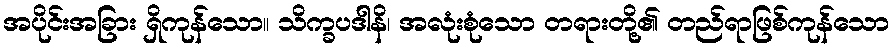
အပိုင်းအခြား ရှိကုန်သော။ သိက္ခပဒါနိ၊ အလုံးစုံသော တရားတို့၏ တည်ရာဖြစ်ကုန်သော